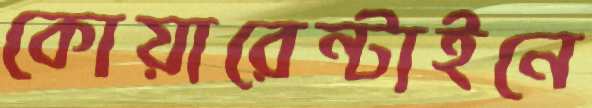
কোয়ারেন্টাইনে